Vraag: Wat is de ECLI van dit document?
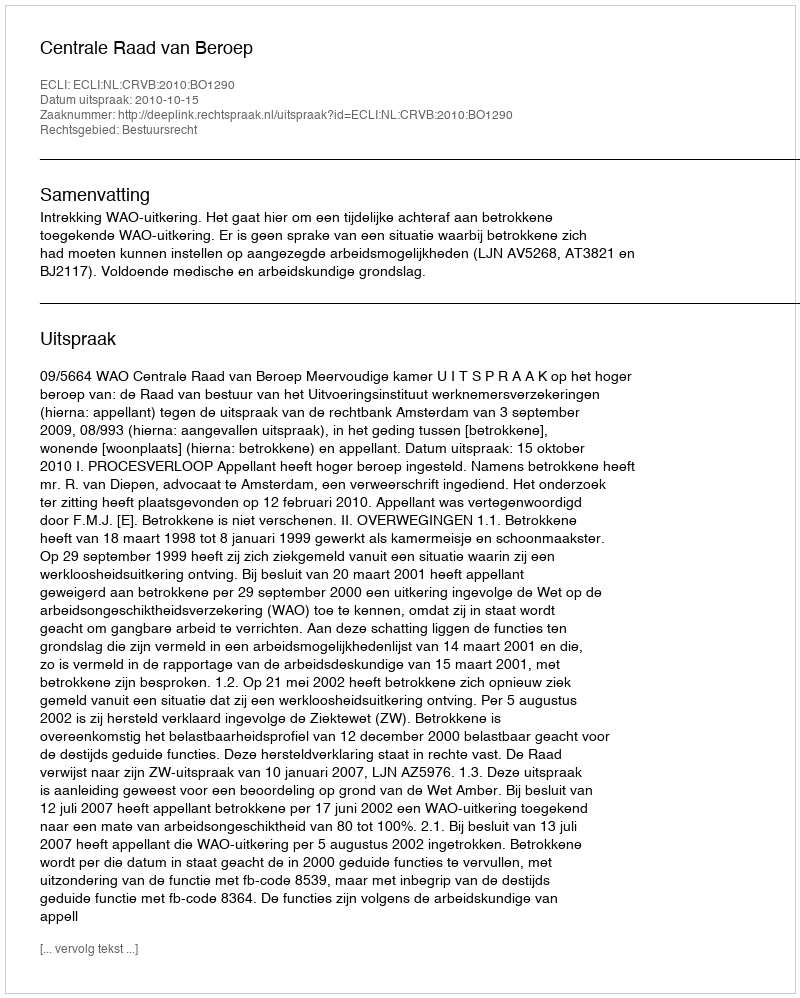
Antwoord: ECLI:NL:CRVB:2010:BO1290